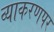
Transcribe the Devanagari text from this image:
व्याकरणपर